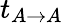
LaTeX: t_{A\rightarrow A}